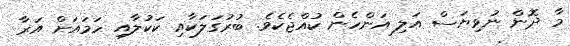
މާ ދޮން ނުވިޔަސް އަލި އަންހެން ކުއްޖެކެވެ. ބުރުގަލަކާއި ކަކުލާއި ހަމައަށް އަރާ